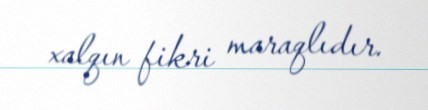
xalqın fikri maraqlıdır.